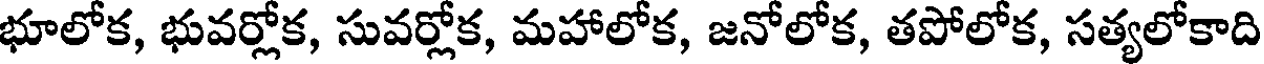
భూలోక, భువర్లోక, సువర్లోక, మహాలోక, జనోలోక, తపోలోక, సత్యలోకాది